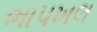
ભાપખલ